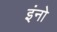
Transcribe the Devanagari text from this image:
इंनो